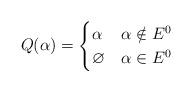
LaTeX: \begin{align*}Q(\alpha) = \begin{cases}\alpha & \alpha\notin E^0\\ \varnothing &\alpha\in E^0\end{cases}\end{align*}